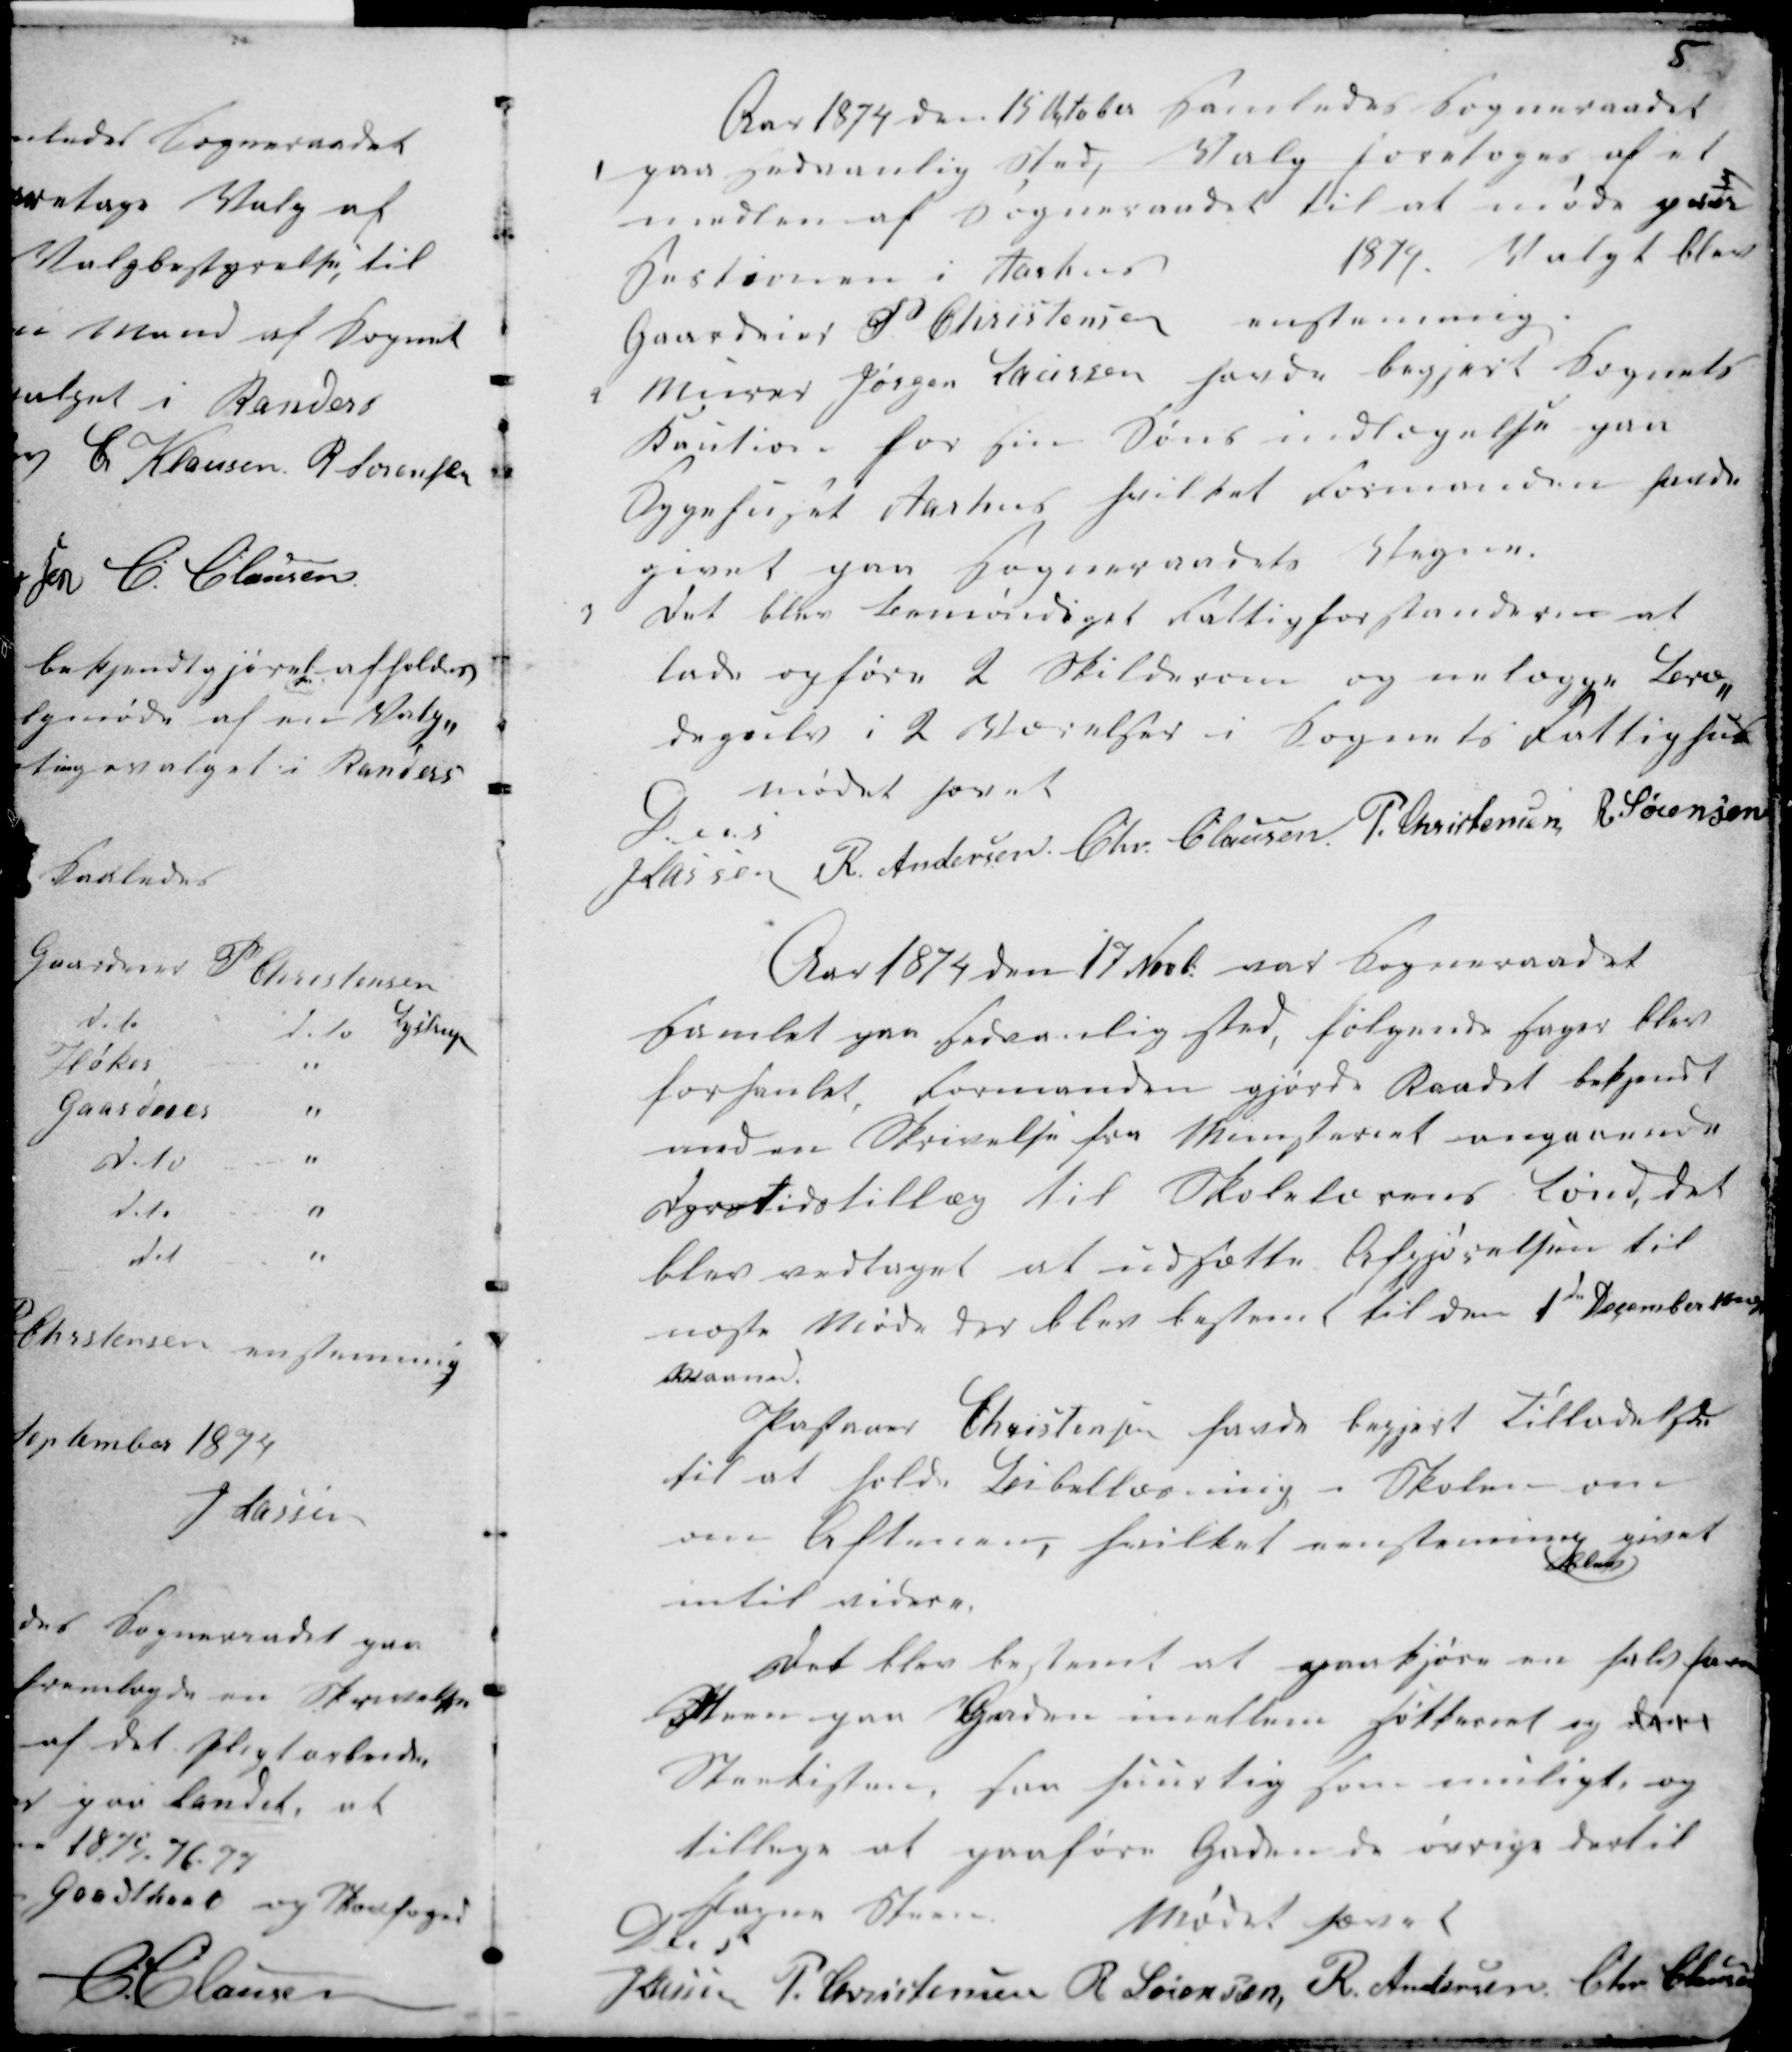
Transskription:
5

Aar 1874 den 15 October Samledes Sogneraadet
1 paa sædvanlig Sted, Valg foretoges at et
medlem af Sogneraadet til at møde paa
Sestionen i Aarhus
1874. Valgt blev
Gaardeier P. Christensen enstemmig.
2 Murer Jørgen Laursen havde begjæret Sognets
Kaution for sin Søns indlægelse paa
Sygehuset Aarhus hvilket Formanden havde
givet paa Sogneraadets Vegne
3 Det blev bemyndiget Fattigforstanderen at
lade opføre 2 Skilderum og anlægge Træ-
degulv i 2 Værelser i Sognets Fattighus
mødet hævet
D. u. s
H Lassen R Andersen Chr Clausen P. Christensen R Sørensen

Aar 1874 den 17 Novb: var Sogneraadet
samlet paa sædvanlig Sted, følgende Sager blev
forhanlet, Formanden gjorde Raadet bekjendt
med en Skrivelse fra Ministeriet angaaende
Dyrtidstillæg til Skolelærens Lønd, det
blev vedtaget at udsætte Afgjørelsen til
næste Møde der blev bestemt til den 1ste December næste
Maaned.
Pasteuer Christensen havde begjæret Tilladelse
til at holde Bibellæsning i Skolen om
om Aftnerne, hvilket enstemmig
blev
givet
intil videre.
Det blev bestemt at paakjøre en halv favn
Steen paa Gaden imellem Hø..... og den
Stenkisten, saa hurtig som muligt, og
tillige at paaføre Gaden de øvrige dertil
slagne Steen
Mødet hævet
D u s
H Lassen P. Christensen R Sørensen R. Andersen
Chr Clausen